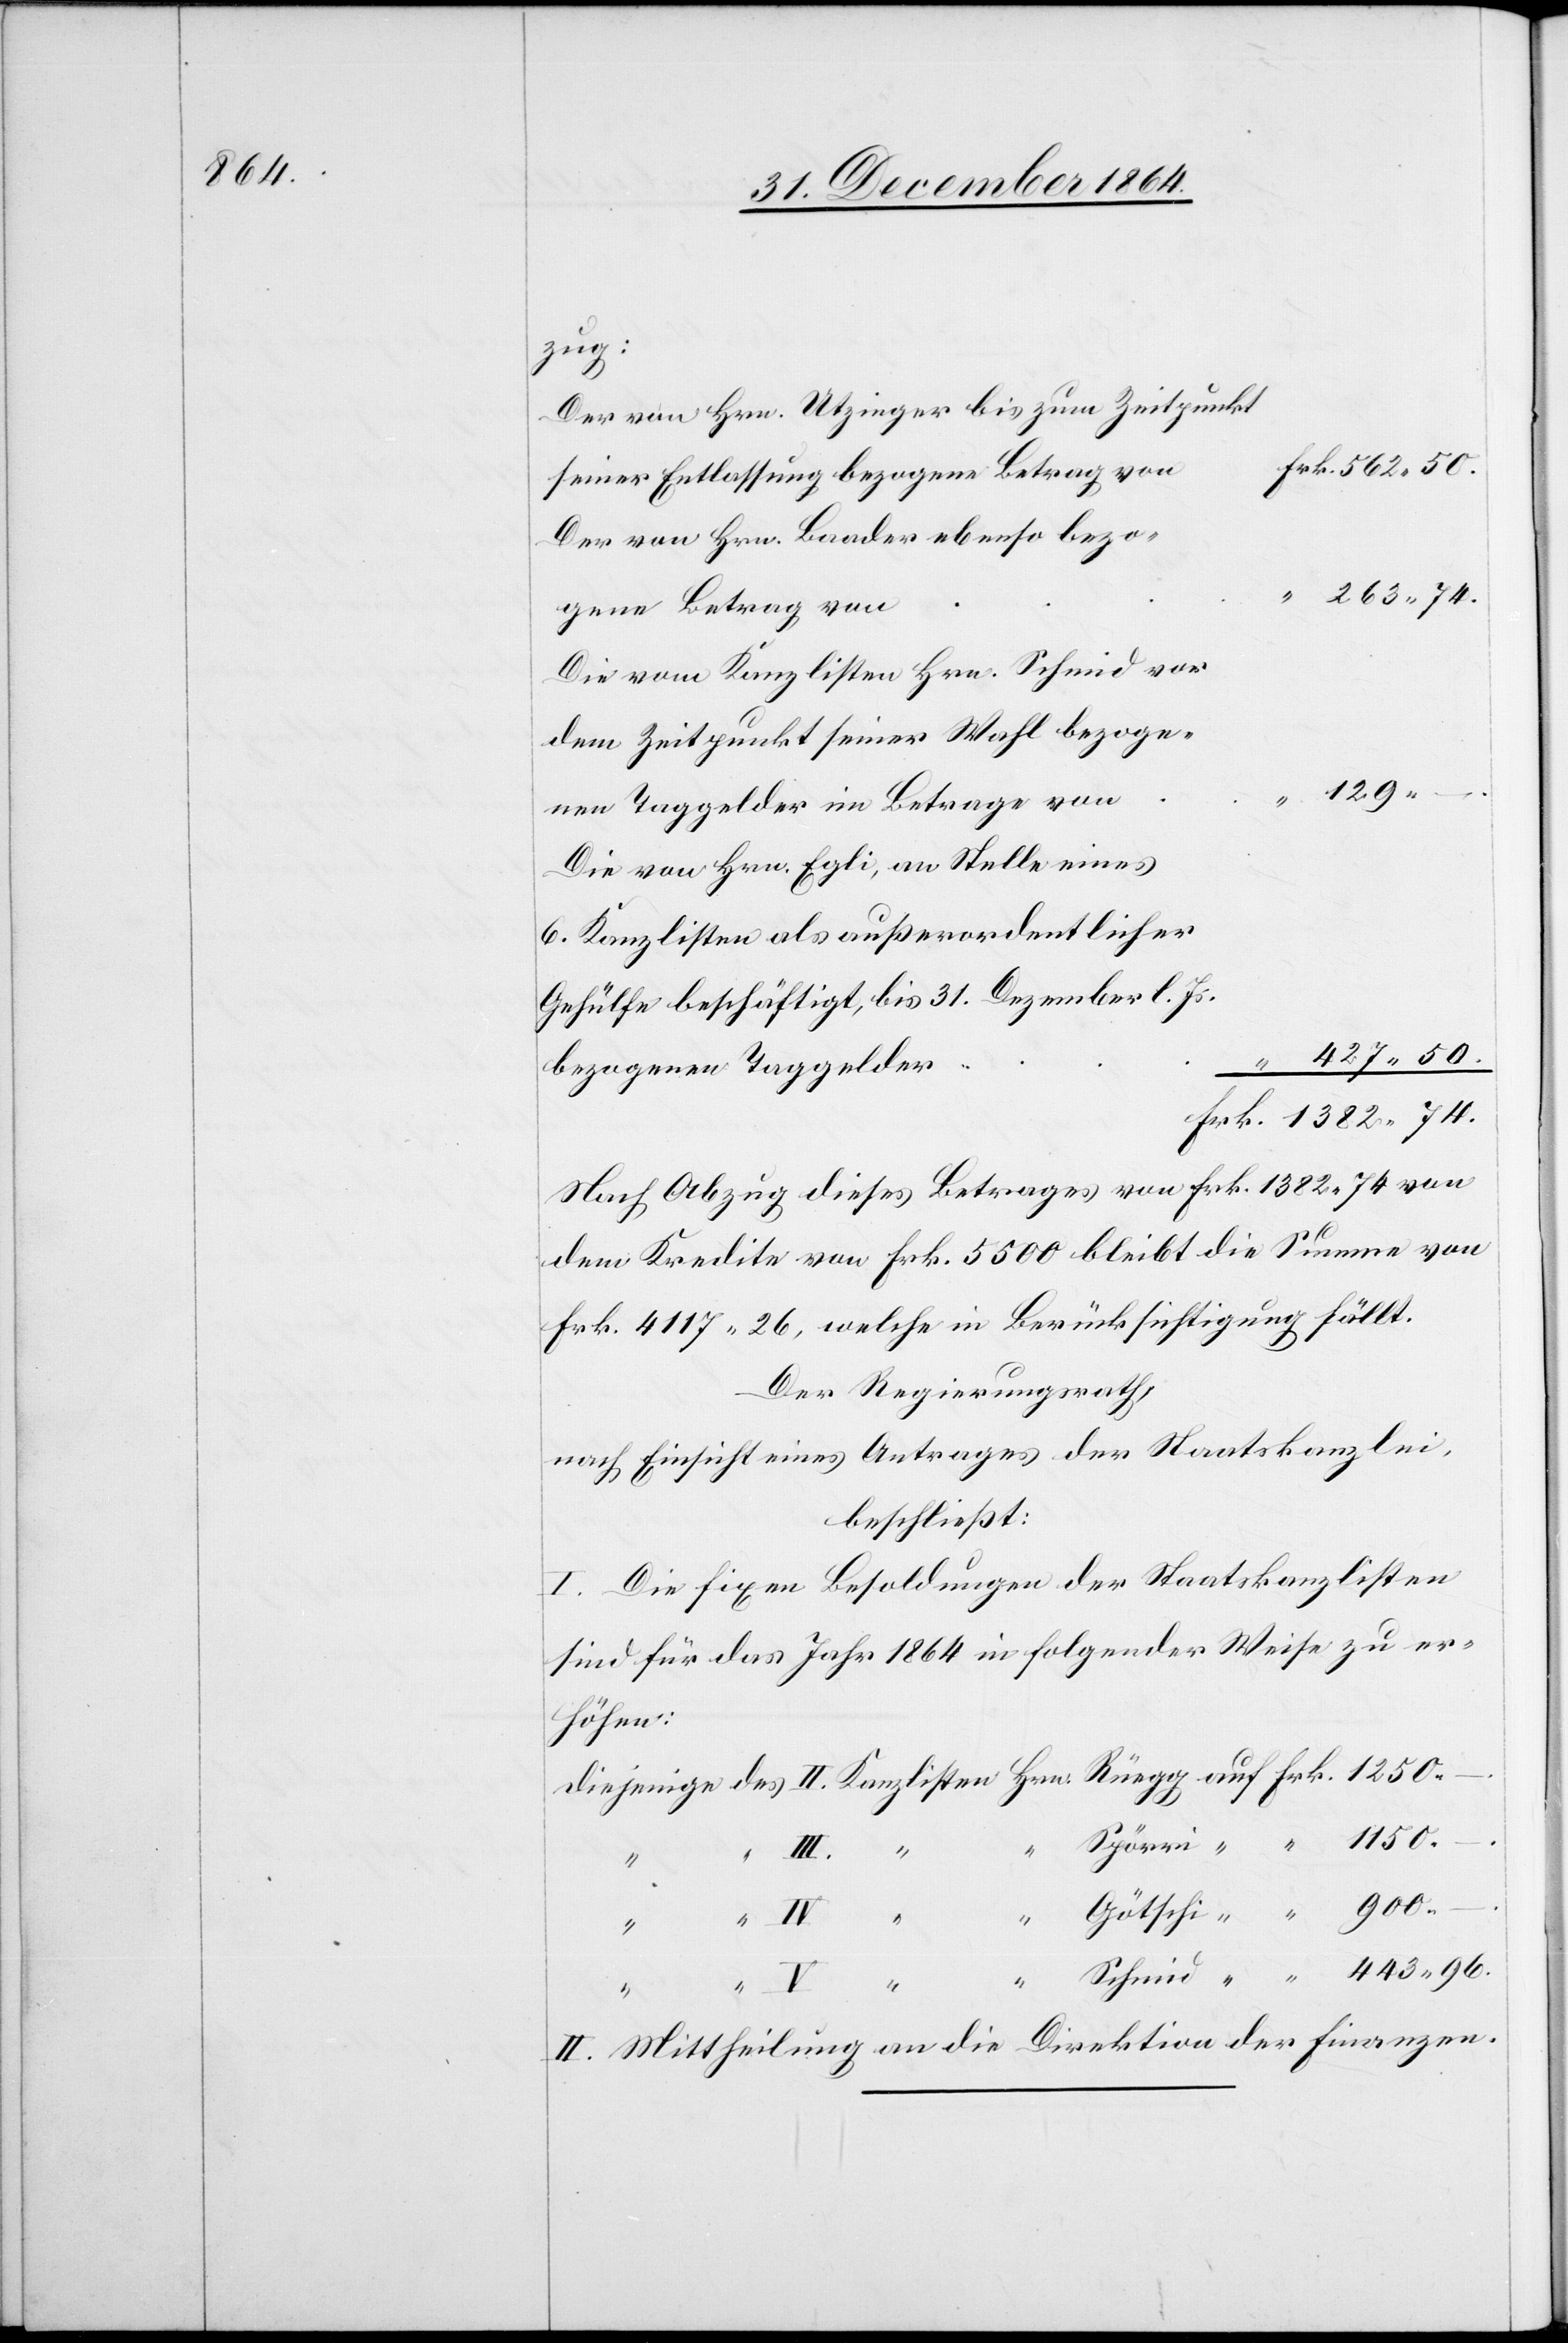
zug:
Der von Hrn. Utzinger bis zum Zeitpunkt
seiner Entlassung bezogene Betrag von
Der von Hrn. Baader ebenso bezo¬
gene Betrag von
Die vom Kanzlisten Hrn. Schmid vor
dem Zeitpunkt seiner Wahl bezoge¬
auf
nen Taggelder im Betrage von
Die von Hrn. Egli, an Stelle eines
6. Kanzlisten als außerordentlicher
Gehülfe beschäftigt, bis 31. Dezember l. Js.
427.50.
Frk.
bezogenen Taggelder
Nach Abzug dieses Betrages von Frk. 1382.74 von
dem Kredite von Frk. 5500 bleibt die Summe von
Frk. 4117.26, welche in Berücksichtigung fällt.
Der Regierungsrath,
nach Einsicht eines Antrages der Staatskanzlei,
beschließt:
I. Die fixen Besoldungen der Staatskanzlisten
sind für das Jahr 1864 in folgender Weise zu er¬
höhen:
“
1150.
“
1382.74.
“
“
900.
Götschi
Schmid
“
443.96.
–.
V.
II. Mittheilung an die Direktion der Finanzen.